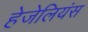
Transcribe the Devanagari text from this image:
हेजेलियंस